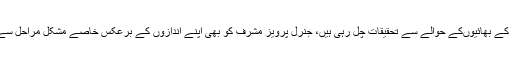
جنرل کیانی کے بھائیوںکے حوالے سے تحقیقات چل رہی ہیں، جنرل پرویز مشرف کو بھی اپنے اندازوں کے برعکس خاصے مشکل مراحل سے گزرنا پڑا۔